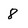
Character: 8